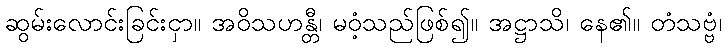
ဆွမ်းလောင်းခြင်းငှာ။ အဝိသဟန္တီ၊ မဝံ့သည်ဖြစ်၍။ အဋ္ဌာသိ၊ နေ၏။ တံသဗ္ဗံ၊